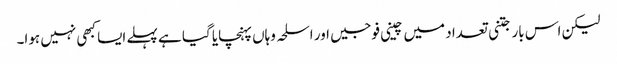
لیکن اس بار جتنی تعداد میں چینی فوجیں اور اسلحہ وہاں پہنچایا گیا ہے پہلے ایسا کبھی نہیں ہوا۔